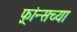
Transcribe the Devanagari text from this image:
फ़्रांन्सच्या